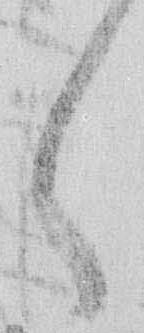
々